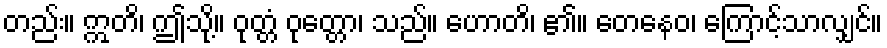
တည်း။ ဣတိ၊ ဤသို့။ ဝုတ္တံ ဝုတ္တော၊ သည်။ ဟောတိ၊ ၏။ တေနေဝ၊ ကြောင့်သာလျှင်။